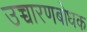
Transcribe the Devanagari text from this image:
उच्चारणबोधक